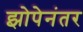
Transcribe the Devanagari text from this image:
झोपेनंतर